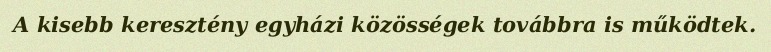
A kisebb keresztény egyházi közösségek továbbra is működtek.